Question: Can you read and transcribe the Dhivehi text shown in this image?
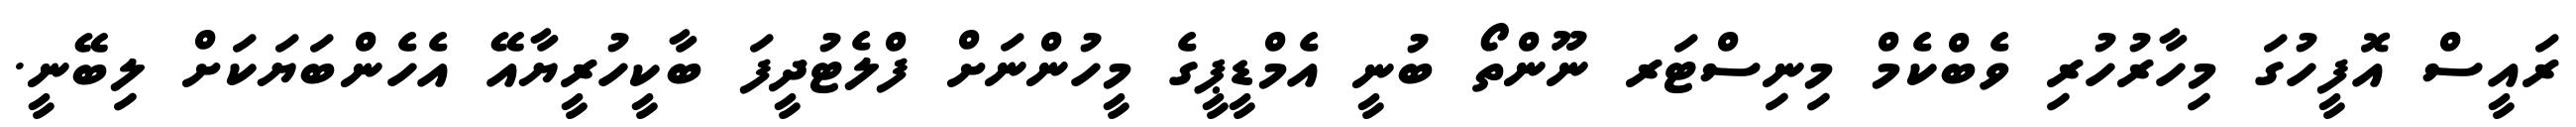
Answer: ރައީސް އޮފީހުގަ މިހާރުހުރި ވެބްކެމް މިނިސްޓަރ ނޫންތޯ ބުނީ އެމްޑީޕީގެ މީހުންނަށް ފްލެޓުދީފަ ބާކީހުރީޔާއޭ އެހެންބަޔަކަށް ލިބޭނީ.